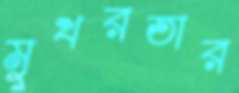
মুখরতার